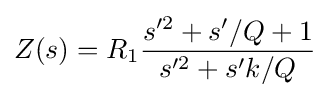
Z(s)=R_{1}{\frac {s'^{2}+s'/Q+1}{s'^{2}+s'k/Q}}